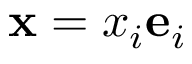
\ \mathbf { x } = x _ { i } \mathbf { e } _ { i }